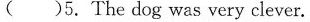
( )5.The dog was very clever.